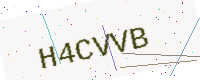
Text: H4CVVB